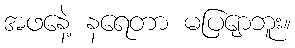
အဖနေဲ့ နရေတာ မပြျောဘူး။